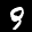
Digit: 9